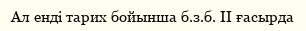
Ал енді тарих бойынша б.з.б. II ғасырда